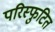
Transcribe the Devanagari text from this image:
परिस्फुटित